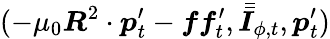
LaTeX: (-\mu_{0}\boldsymbol{R}^{2}\cdot\boldsymbol{p}_{t}^{\prime}-\boldsymbol{ff}_{t}^{\prime},\bar{\bar{\boldsymbol{I}}}_{\phi,t},\boldsymbol{p}_{t}^{\prime})